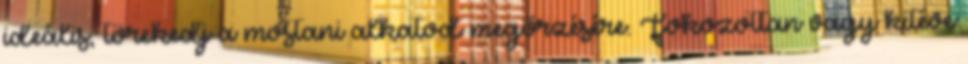
ideális, törekedj a mostani alkatod megőrzésére. Fokozottan vagy kitéve